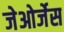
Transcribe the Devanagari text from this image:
जेओर्जेस